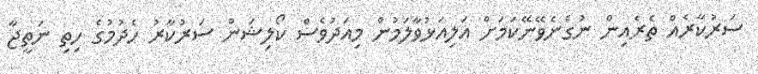
ސަރުކާރެއް ތެރެއިން ނުގެނެވޭނޭކަމަށް އަލިއަޅުވާލަމުން މިއަދުވެސް ކޯލިޝަން ސަރުކާރު ހެދުމުގެ ހިތި ނަތީޖާ